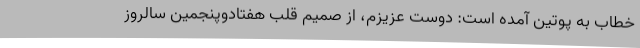
خطاب به پوتین آمده است: دوست عزیزم، از صمیم قلب هفتادوپنجمین سالروز